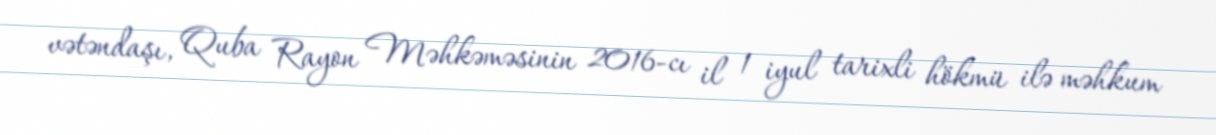
vətəndaşı, Quba Rayon Məhkəməsinin 2016-cı il 1 iyul tarixli hökmü ilə məhkum